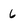
Character: 6